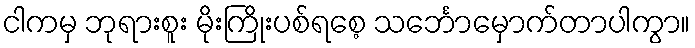
ငါကမှ ဘုရားစူး မိုးကြိုးပစ်ရစေ့ သင်္ဘောမှောက်တာပါကွာ။